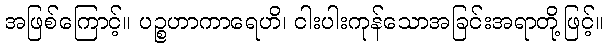
အဖြစ်ကြောင့်။ ပဉ္စဟာကာရေဟိ၊ ငါးပါးကုန်သောအခြင်းအရာတို့ဖြင့်။